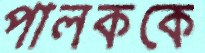
পালককে